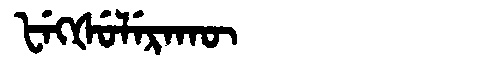
Manchu: ᡶᡝᡴᡧᡠᠯᡝᡵᠠᡴᡡ
Romanization: FEKŠULERAKŪ